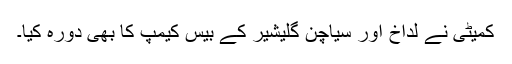
کمیٹی نے لداخ اور سیاچن گلیشیر کے بیس کیمپ کا بھی دورہ کیا۔